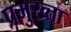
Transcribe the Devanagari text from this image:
प्रमुख्ता